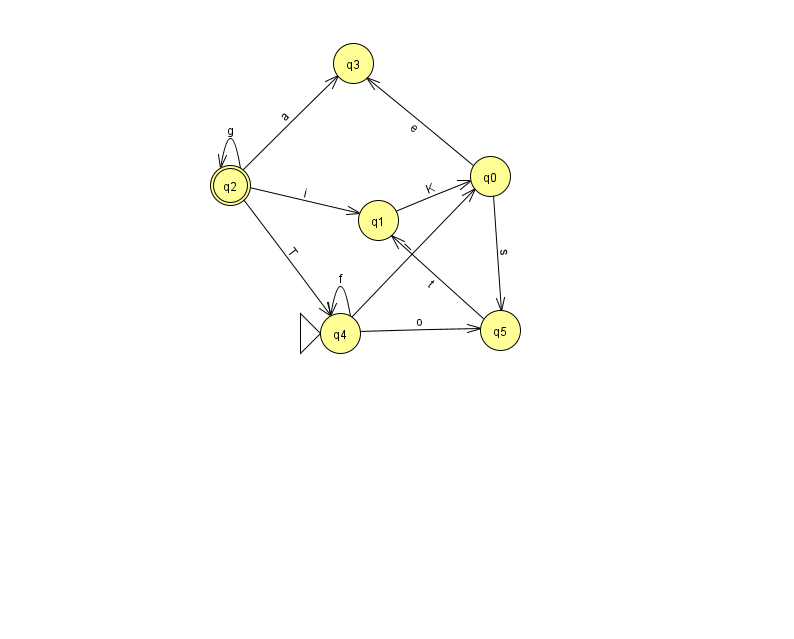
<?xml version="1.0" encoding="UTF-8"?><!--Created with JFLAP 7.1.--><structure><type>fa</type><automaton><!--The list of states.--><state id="0" name="q0"><x>490.0</x><y>163.0</y></state><state id="1" name="q1"><x>378.0</x><y>207.0</y></state><state id="2" name="q2"><x>230.0</x><y>172.0</y><final/></state><state id="3" name="q3"><x>353.0</x><y>50.0</y></state><state id="4" name="q4"><x>340.0</x><y>320.0</y><initial/></state><state id="5" name="q5"><x>500.0</x><y>317.0</y></state><!--The list of transitions.--><transition><from>0</from><to>5</to><read>s</read></transition><transition><from>2</from><to>1</to><read>i</read></transition><transition><from>2</from><to>4</to><read>T</read></transition><transition><from>1</from><to>0</to><read>K</read></transition><transition><from>4</from><to>4</to><read>f</read></transition><transition><from>2</from><to>2</to><read>g</read></transition><transition><from>0</from><to>3</to><read>e</read></transition><transition><from>4</from><to>0</to><read>l</read></transition><transition><from>4</from><to>5</to><read>o</read></transition><transition><from>2</from><to>3</to><read>a</read></transition><transition><from>5</from><to>1</to><read>t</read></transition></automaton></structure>